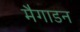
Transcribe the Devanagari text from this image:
मैगाडन